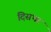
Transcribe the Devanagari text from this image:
दिसभर